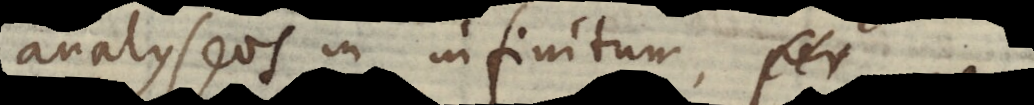
analyseos in infinitum, per